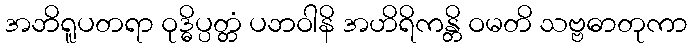
အဘိရူပတရာ ဝုဒ္ဓိပ္ပတ္တံ ပဘဝါနိ အဟိရိကန္တိ ဝမတိ သဗ္ဗဓာတုကာ